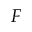
{ F }